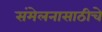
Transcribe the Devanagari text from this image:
संमेलनासाठीचे